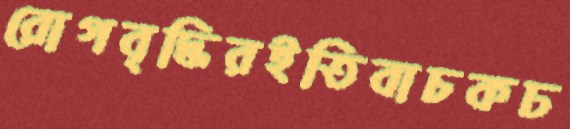
রোগবৃদ্ধিরইতিবাচকঢ